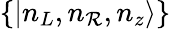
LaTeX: \{ |n_{L},n_{\mathcal{R}},n_{z}\rangle\}